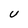
Character: U